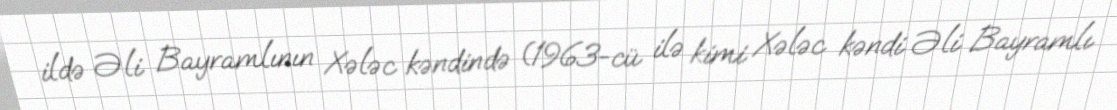
ildə Əli Bayramlının Xələc kəndində (1963-cü ilə kimi Xələc kəndi Əli Bayramlı